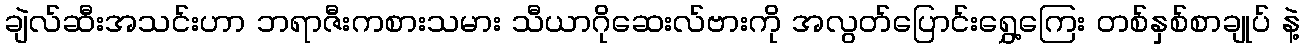
ချဲလ်ဆီးအသင်းဟာ ဘရာဇီးကစားသမား သီယာဂိုဆေးလ်ဗားကို အလွတ်ပြောင်းရွှေ့ကြေး တစ်နှစ်စာချုပ် နဲ့